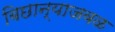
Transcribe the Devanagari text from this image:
बिछान्याजवळ